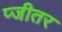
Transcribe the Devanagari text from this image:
प्जीतर